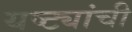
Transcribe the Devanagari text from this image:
यष्ट्यांची